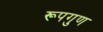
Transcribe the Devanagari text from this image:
रूपगुण